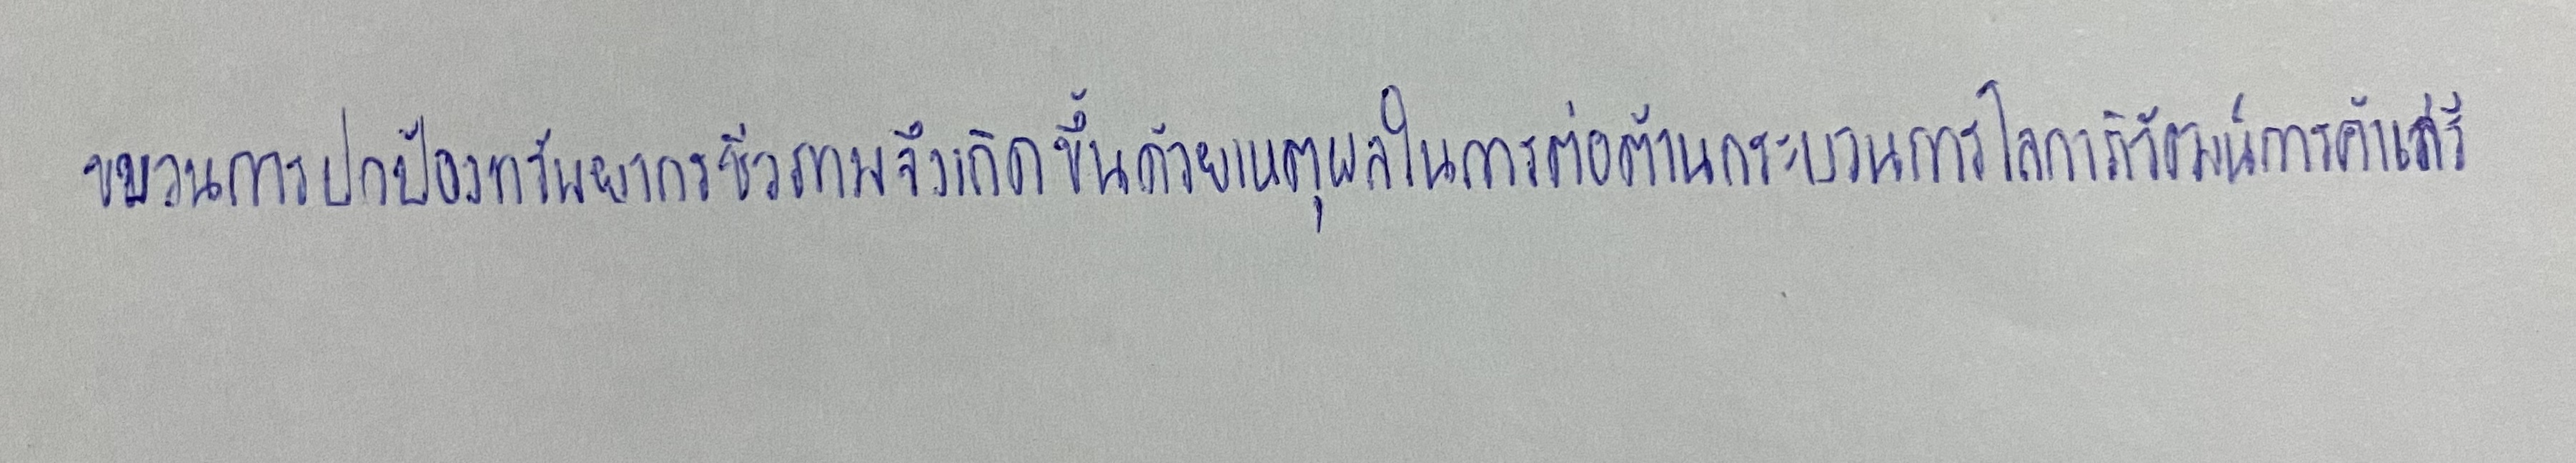
ขบวนการปกป้องทรัพยากรชีวภาพจึงเกิดขึ้นด้วยเหตุผลในการต่อต้านกระบวนการโลกาภิวัตน์การค้าเสรี